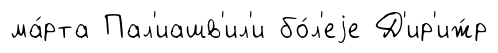
ма́рта Пал'иашв'ил'и бо́л'еjе Д'ир'иж́р